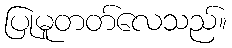
ပြုမူတတ်လေသည်။